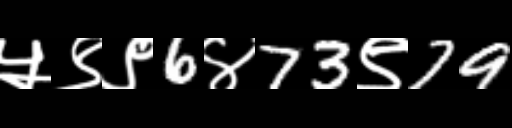
Text: ५९९6४73९79